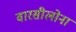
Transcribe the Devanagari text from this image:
वारसीलोना